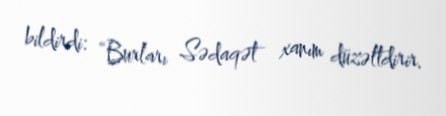
bildirdi: “Burları Sədaqət xanım düzəltdirir.